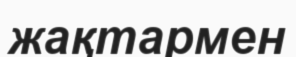
жақтармен